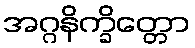
အဂ္ဂနိက္ခိတ္တော